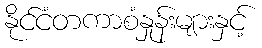
နိုင်ငံတကာစံနှုန်းများနှင့်